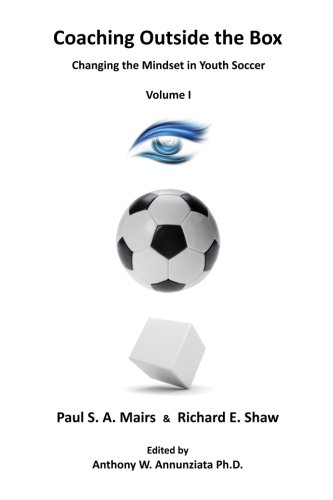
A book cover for Coaching Outside the Box: Changing the Mindset in Youth Soccer (Volume 1); Mr. Richard E Shaw; Sports & Outdoors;